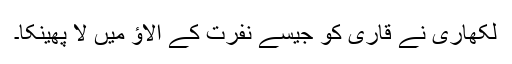
لکھاری نے قاری کو جیسے نفرت کے الاؤ میں لا پھینکا۔